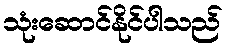
သုံးဆောင်နိုင်ပါသည်